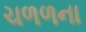
ચળળના